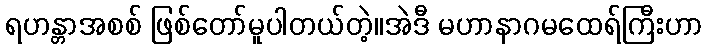
ရဟန္တာအစစ် ဖြစ်တော်မူပါတယ်တဲ့။အဲဒီ မဟာနာဂမထေရ်ကြီးဟာ